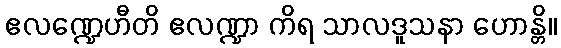
ဧလဏ္ဍေဟီတိ ဧလဏ္ဍာ ကိရ သာလဒူသနာ ဟောန္တိ။